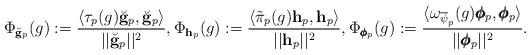
LaTeX: \begin{align*} \Phi_{\breve{\mathbf g}_p}(g) := \frac{\langle \tau_p(g)\breve{\mathbf g}_p, \breve{\mathbf g}_p\rangle}{||\breve{\mathbf g}_p||^2}, \Phi_{\mathbf h_p}(g) := \frac{\langle \tilde{\pi}_p(g)\mathbf h_p, \mathbf h_p\rangle}{||\mathbf h_p||^2}, \Phi_{\pmb{\phi}_p}(g) := \frac{\langle \omega_{\overline{\psi}_p}(g)\pmb{\phi}_p, \pmb{\phi}_p\rangle}{||\pmb{\phi}_p||^2}.\end{align*}